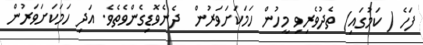
ފަހެ ( ކަމުގައި) ތެދުވެރިވި މީހުން ހަމަކަށަވަރުން  ދެނެވޮޑިގެންވެތެވެ. އަދި ހަމަކަށަވަރުން